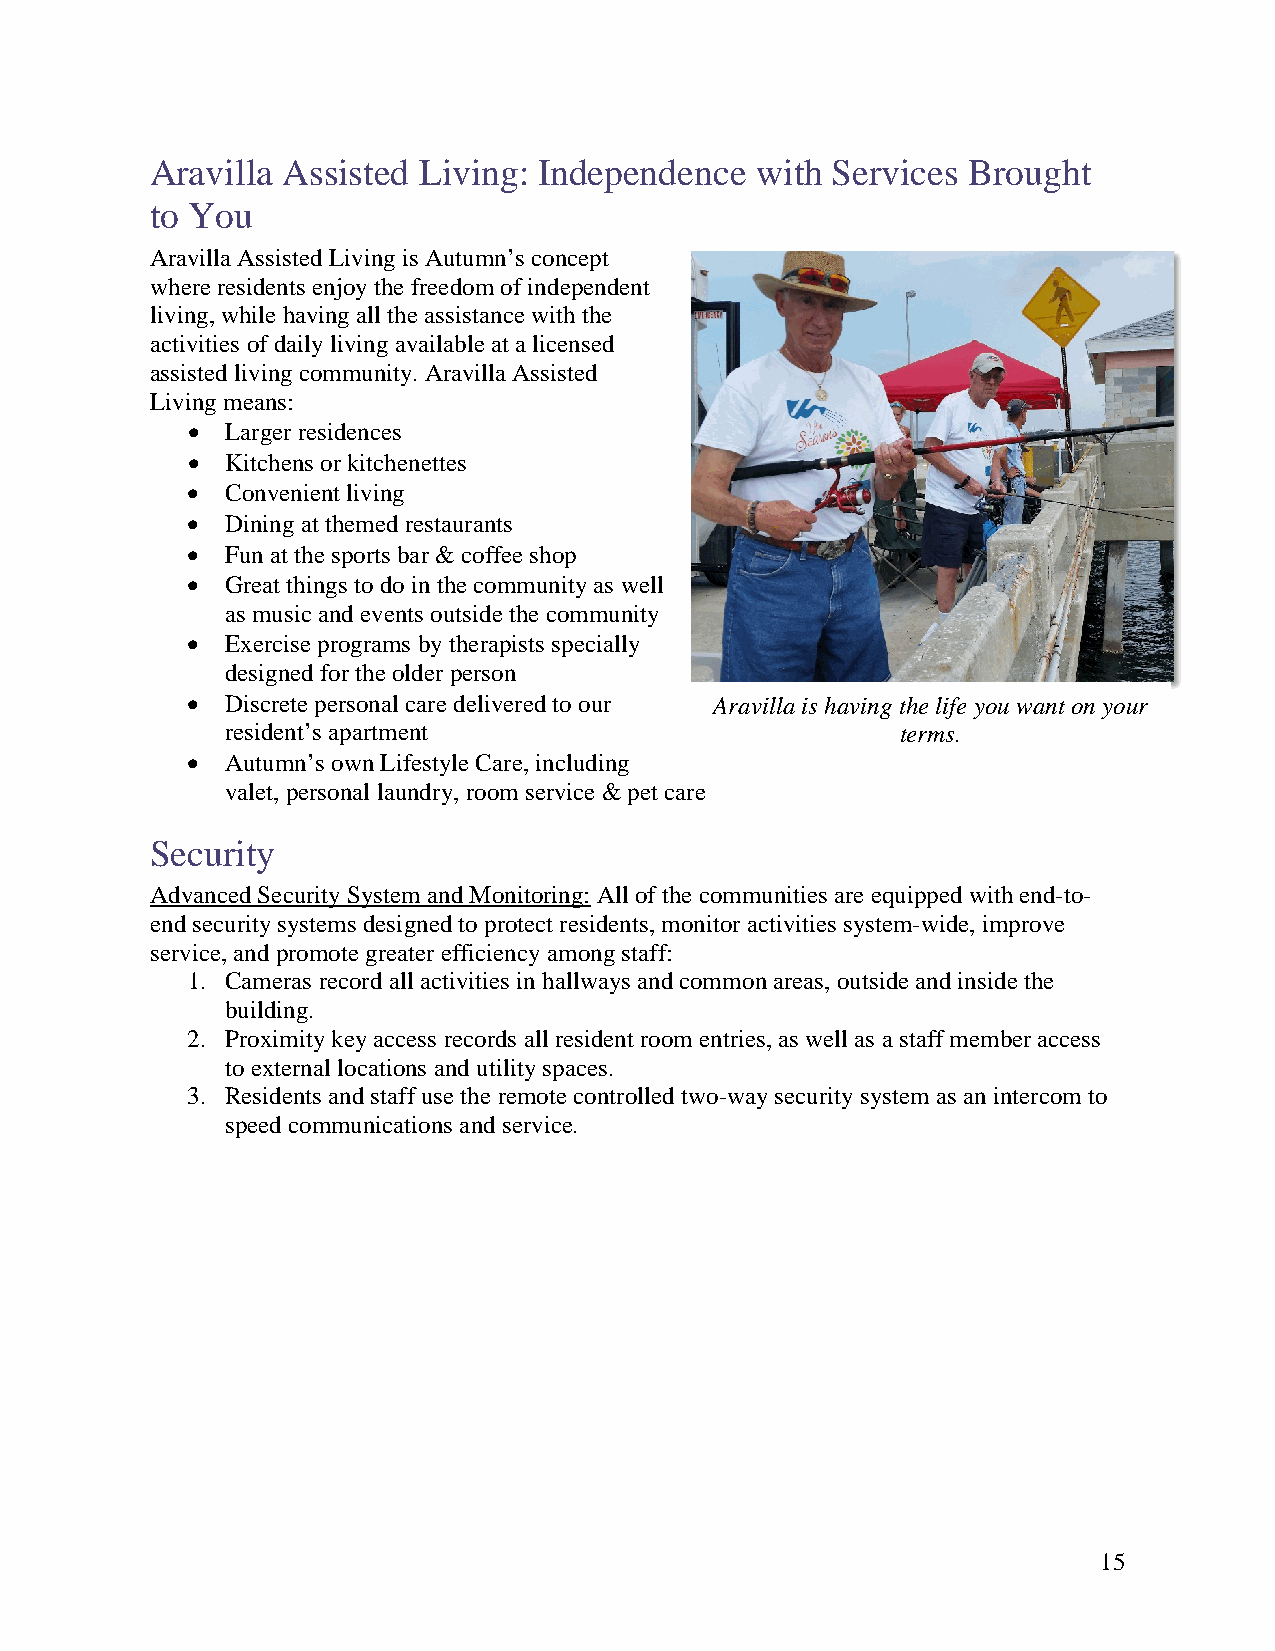
Aravilla Assisted Living: Independence  with Services Brought
 to You
 Aravilla Assisted Living is Autumn’s concept
 where residents enjoy the freedom of independent
 living, while having all the assistance with the
 activities of daily living available at a licensed
 assisted living community. Aravilla Assisted
 Living means:
 •  Larger residences
 •  Kitchens or kitchenettes
 •  Convenient living
 •  Dining at themed restaurants
 •  Fun at the sports bar & coffee shop
 •  Great things to do in the community as well
 as music and events outside the community
 •  Exercise programs by therapists specially
 designed for the older person
 •  Discrete personal care delivered to our Aravilla is having the life you want on your
 resident’s apartment                         terms.
 •  Autumn’s own Lifestyle Care, including
 valet, personal laundry, room service & pet care
 Security
 Advanced Security System and Monitoring: All of the communities are equipped with end-to-
 end security systems designed to protect residents, monitor activities system-wide, improve
 service, and promote greater efficiency among staff:
 1. Cameras record all activities in hallways and common areas, outside and inside the
 building.
 2. Proximity key access records all resident room entries, as well as a staff member access
 to external locations and utility spaces.
 3. Residents and staff use the remote controlled two-way security system as an intercom to
 speed communications and service.
 15